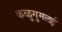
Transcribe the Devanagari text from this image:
कळुगुमलई